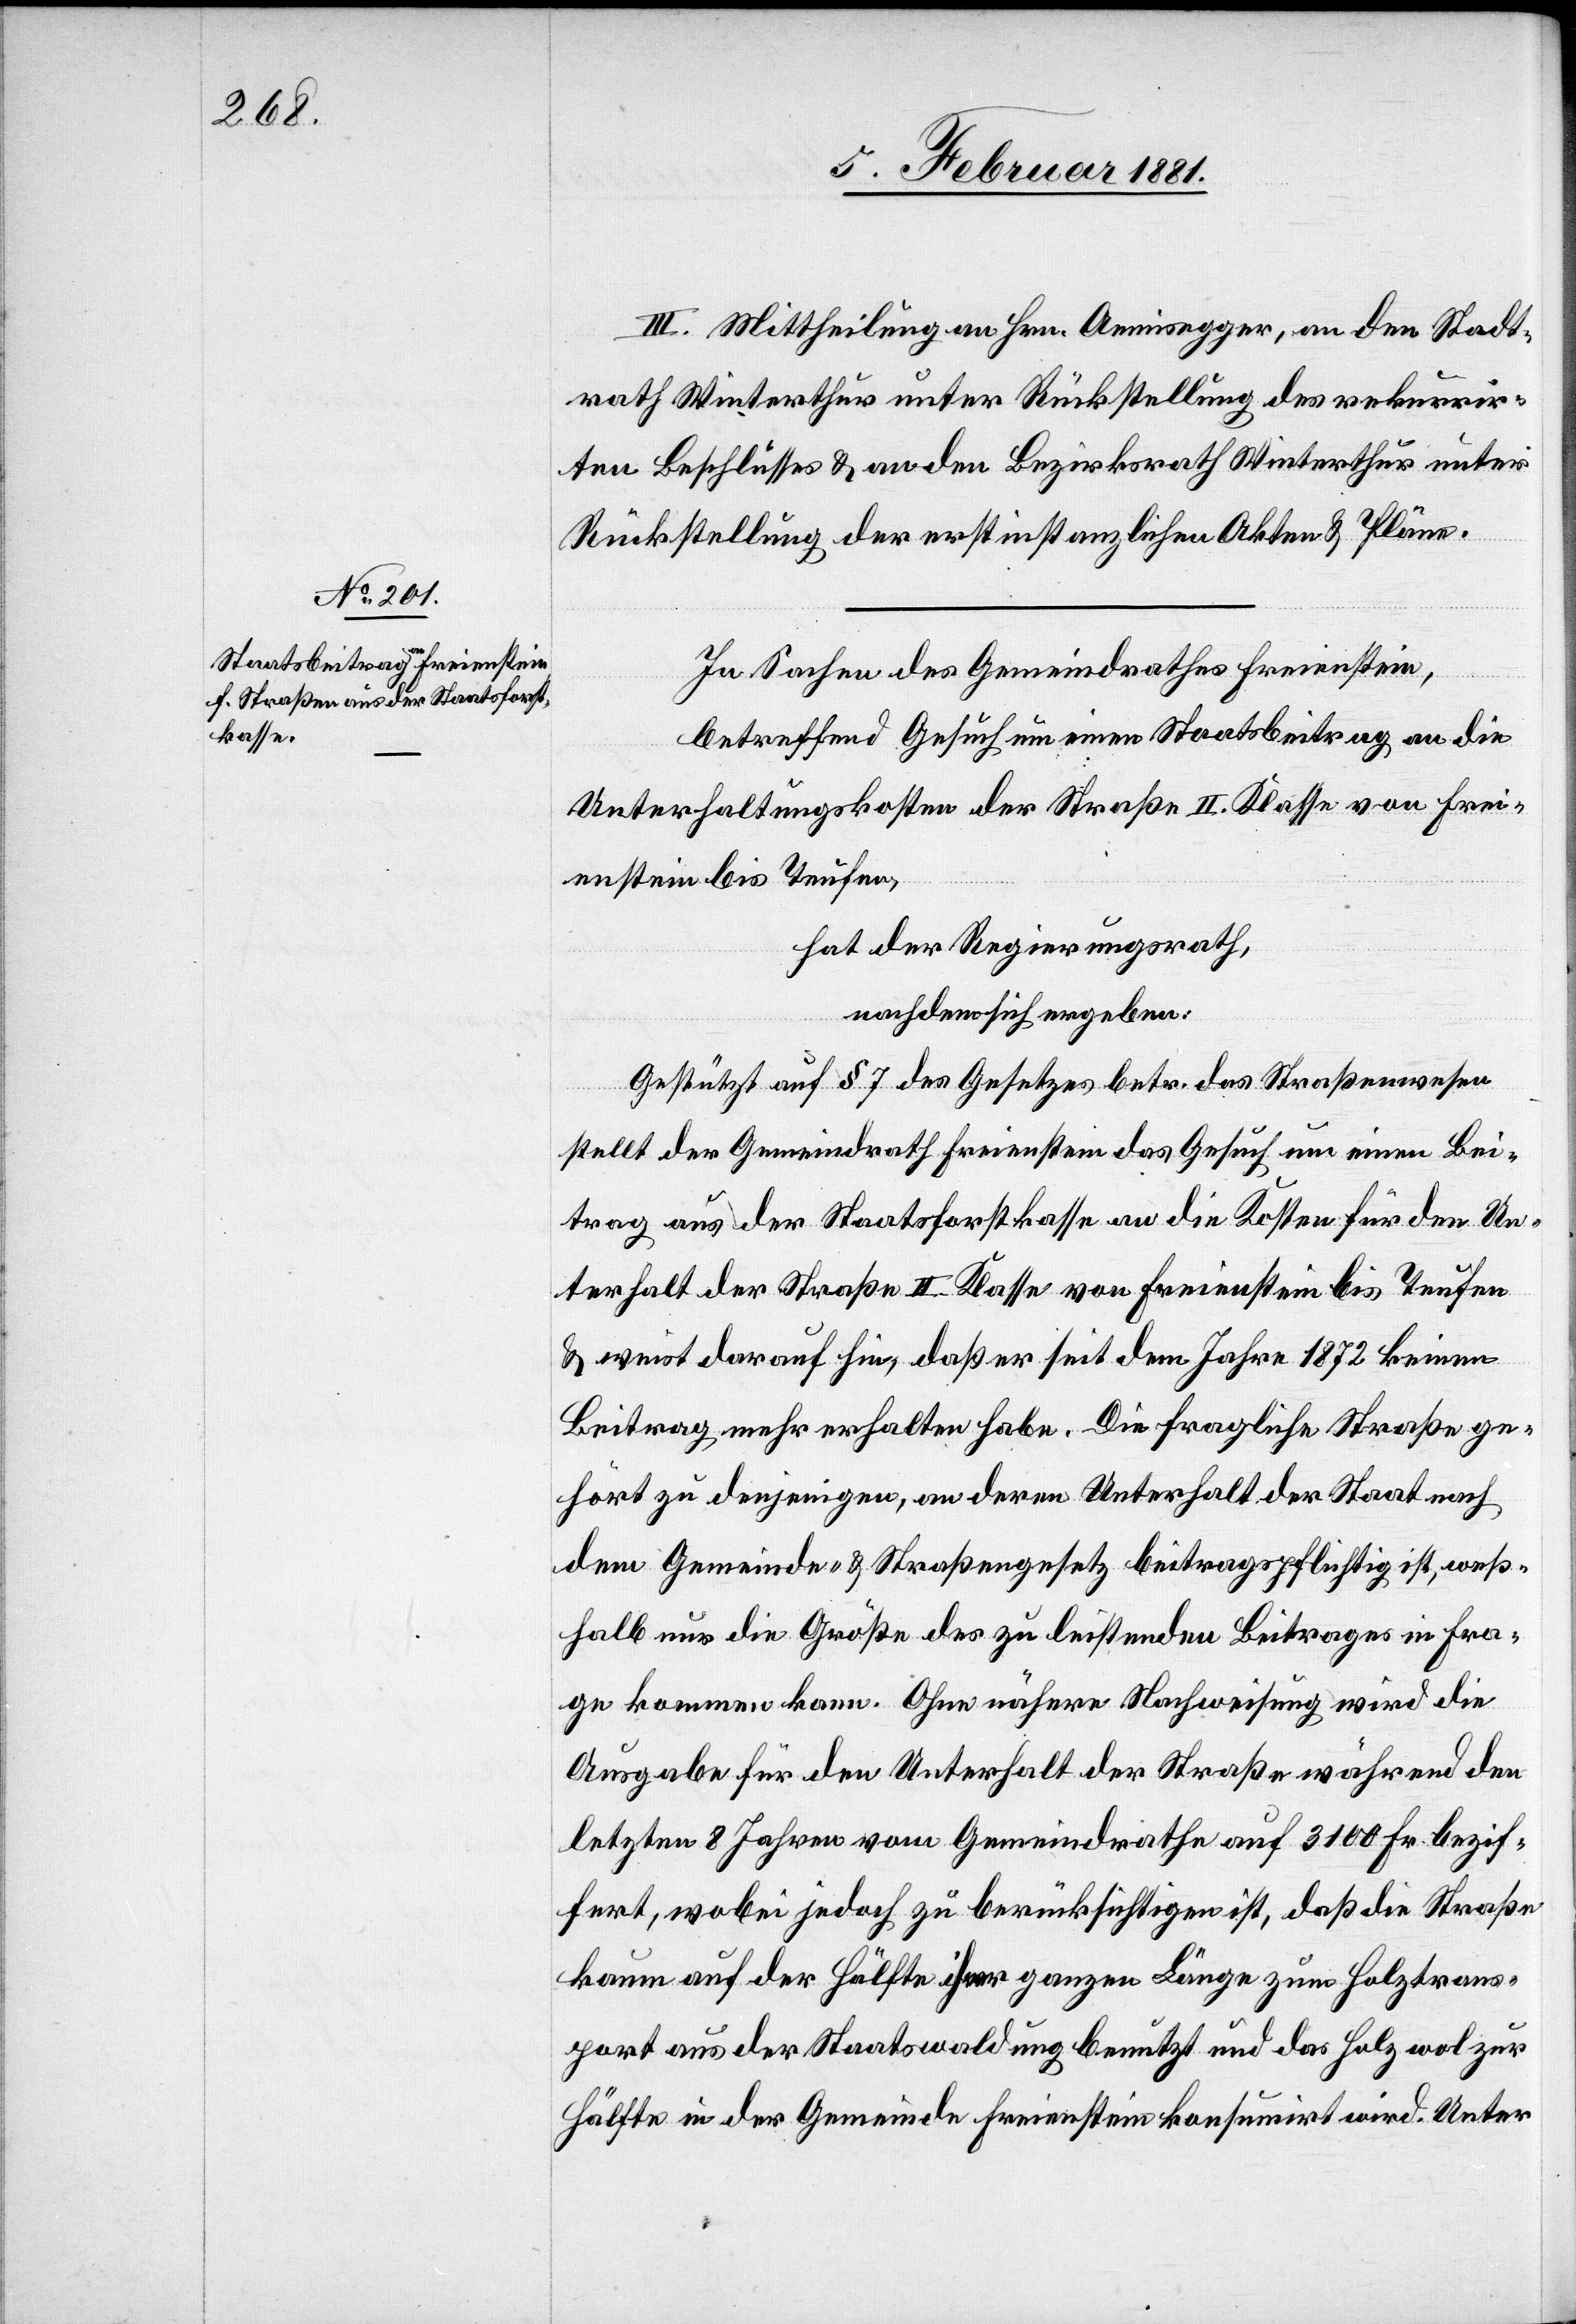
III. Mittheilung an Hrn. Aemisegger, an den Stadt¬
rath Winterthur unter Rückstellung des rekurrir¬
ten Beschlusses & an den Bezirksrath Winterthur unter
Rückstellung der erstinstanzlichen Akten & Pläne.
In Sachen des Gemeindrathes Freienstein,
betreffend Gesuch um einen Staatsbeitrag an die
Unterhaltungskosten der Straße II. Klasse von Frei¬
enstein bis Teufen,
hat der Regierungsrath,
nachdem sich ergeben:
Gestützt auf § 7 des Gesetzes betr. des Straßenwesen
stellt der Gemeindrath Freienstein das Gesuch um einen Bei¬
trag aus der Staatsforstkasse an die Kosten für den Un¬
terhalt der Straße II. Klasse von Freienstein bis Teufen
& weist darauf hin, daß er seit dem Jahre 1872 keinen
Beitrag mehr erhalten habe. Die fragliche Straße ge¬
hört zu denjenigen, an deren Unterhalt der Staat nach
dem Gemeinde- & Straßengesetz beitragspflichtig ist, weß¬
halb nur die Größe des zu leistenden Beitrages in Fra¬
ge kommen kann. Ohne nähere Nachweisung wird die
Ausgabe für den Unterhalt der Straße während den
letzten 8 Jahren vom Gemeindrathe auf 3100 Fr. bezif¬
fert, wobei jedoch zu berücksichtigen ist, daß die Straße
kaum auf der Hälfte ihrer ganzen Länge zum Holztrans¬
port aus der Staatswaldung benutzt und das Holz wol zur
Hälfte in der Gemeinde Freienstein konsumirt wird. Unter